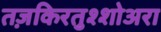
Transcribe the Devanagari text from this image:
तज़किरतुश्शोअरा